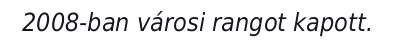
2008-ban városi rangot kapott.